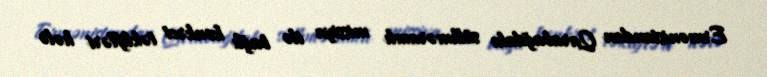
Ermənistandan Qarabağdakı sülhməramlı missiya ilə bağlı konkret təklifləri hələ